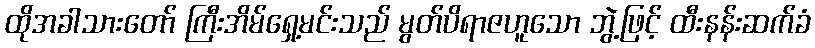
ထိုအခါသားတော် ကြီးအိမ်ရှေ့မင်းသည် မွတ်ပိရာဇဟူသော ဘွဲ့ဖြင့် ထီးနန်းဆက်ခံ